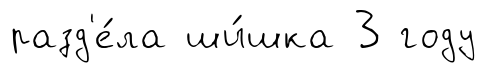
разд'е́ла ши́шка 3 году